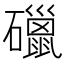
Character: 䃳